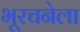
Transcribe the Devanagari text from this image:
भूरचनेला